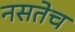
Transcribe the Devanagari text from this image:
नसतेच